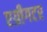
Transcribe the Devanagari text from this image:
एग्रीगटर